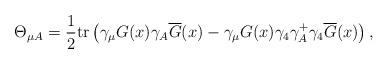
LaTeX: \begin{align*}\Theta _{\mu A}=\frac 12\mbox{tr}\left( \gamma _\mu G(x)\gamma_A\overline{G} (x)-\gamma _\mu G(x)\gamma _4\gamma _A^{+}\gamma_4\overline{G}(x)\right) ,\end{align*}